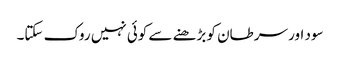
سود اور سرطان کو بڑھنے سے کوئی نہیں روک سکتا۔